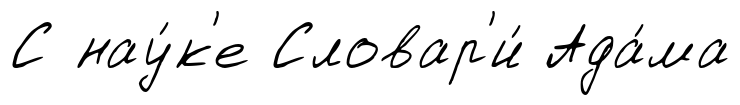
С нау́к'е Словар'и́ Ада́ма